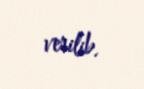
verilib.